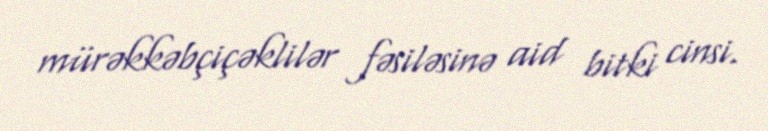
mürəkkəbçiçəklilər fəsiləsinə aid bitki cinsi.